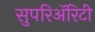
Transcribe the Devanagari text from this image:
सुपरिअॅरिटी